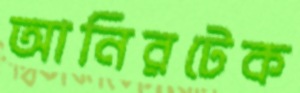
আনিরটেক